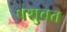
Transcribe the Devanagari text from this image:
पशुवत